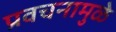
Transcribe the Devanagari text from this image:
प्रवचनामुळे